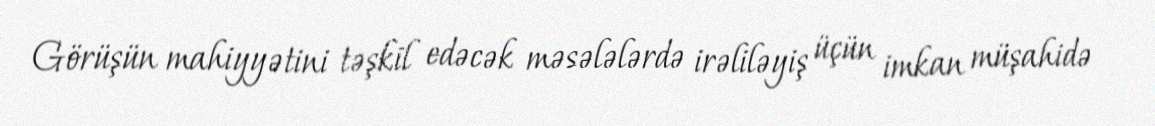
Görüşün mahiyyətini təşkil edəcək məsələlərdə irəliləyiş üçün imkan müşahidə